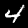
Label: 4